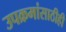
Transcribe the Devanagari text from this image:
उपक्रमांसाठीही